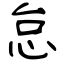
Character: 怠